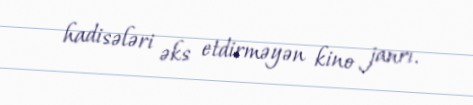
hadisələri əks etdirməyən kino janrı.